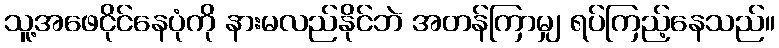
သူ့အဖေငိုင်နေပုံကို နားမလည်နိုင်ဘဲ အတန်ကြာမျှ ရပ်ကြည့်နေသည်။